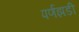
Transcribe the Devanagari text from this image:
पर्णझडी